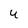
Character: U